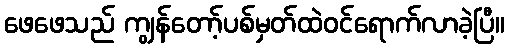
ဖေဖေသည် ကျွန်တော့်ပစ်မှတ်ထဲဝင်ရောက်လာခဲ့ပြီ။